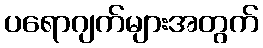
ပရောဂျက်များအတွက်